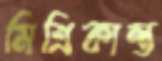
মিশ্রিকান্ত